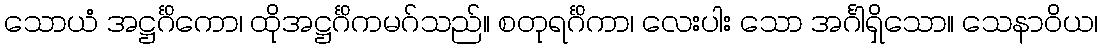
သောယံ အဋ္ဌင်္ဂိကော၊ ထိုအဋ္ဌင်္ဂိကမဂ်သည်။ စတုရင်္ဂိကာ၊ လေးပါး သော အင်္ဂါရှိသော။ သေနာဝိယ၊